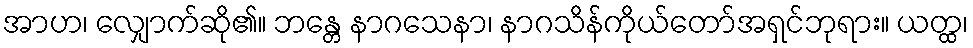
အာဟ၊ လျှောက်ဆို၏။ ဘန္တေ နာဂသေနာ၊ နာဂသိန်ကိုယ်တော်အရှင်ဘုရား။ ယတ္ထ၊